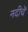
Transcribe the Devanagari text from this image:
नदीचें